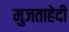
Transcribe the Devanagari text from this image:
मुजताहेदी